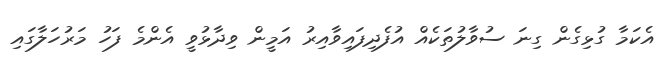
އެކަމާ ގުޅިގެން ގިނަ ސުވާލުތަކެއް އުފެދިފައިވާއިރު އަމީން ވިދާޅުވީ އެންމެ ފަހު މަރުހަލާގައި